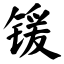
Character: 锾